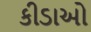
કીડાઓ